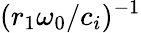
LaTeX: (r_{1}\omega_{0}/c_{i})^{-1}